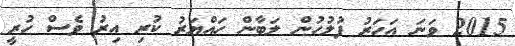
2015 ވަނަ އަހަރު ފުލުހުން ލަބާން ހައްޔަރު ކުރި އިރު ވެސް ހުރީ